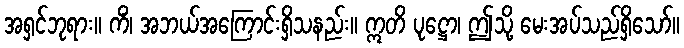
အရှင်ဘုရား။ ကိံ၊ အဘယ်အကြောင်းရှိသနည်း။ ဣတိ ပုဋ္ဌော၊ ဤသို့ မေးအပ်သည်ရှိသော်။